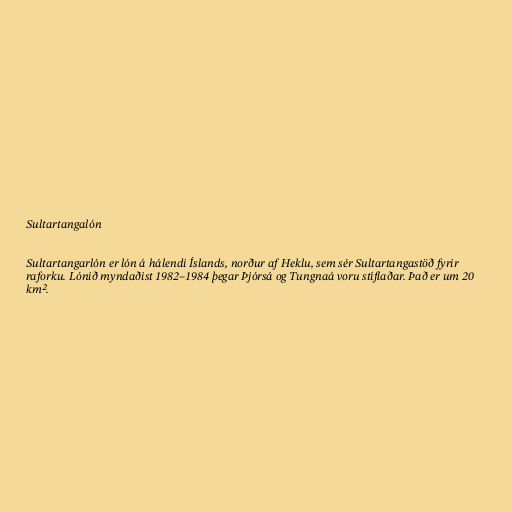
Sultartangalón

Sultartangarlón er lón á hálendi Íslands, norður af Heklu, sem sér Sultartangastöð fyrir
raforku. Lónið myndaðist 1982–1984 þegar Þjórsá og Tungnaá voru stíflaðar. Það er um 20
km².